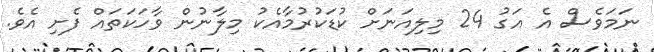
ނަމަވެސް އެ އަގު 24 މިލިއަނަށް ކުޑަކުރުމާއެކު މިލާނުން ވާހަކަތައް ފެށި އެވެ.